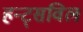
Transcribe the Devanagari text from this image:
हन्ट्सविल